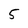
Character: 5